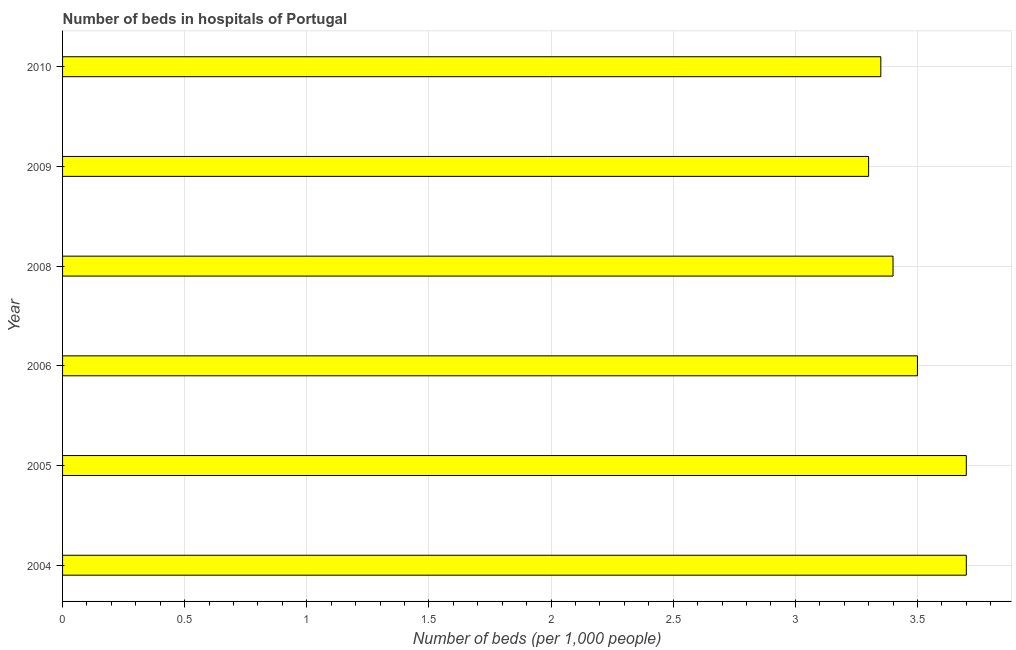
| Year | Hospital beds |
 | --- | --- |
 | 2004 | 3.7 |
 | 2005 | 3.7 |
 | 2006 | 3.5 |
 | 2008 | 3.4 |
 | 2009 | 3.3 |
 | 2010 | 3.35 |